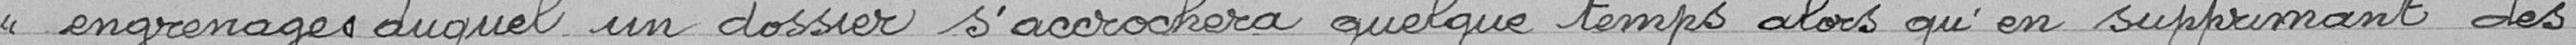
engrenage duquel un dossier s'accrochera quelque temps alors qu'en supprimant des